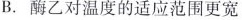
B.酶乙对温度的适应范围更宽